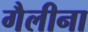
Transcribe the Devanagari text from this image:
गैलीना